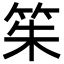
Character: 䇬